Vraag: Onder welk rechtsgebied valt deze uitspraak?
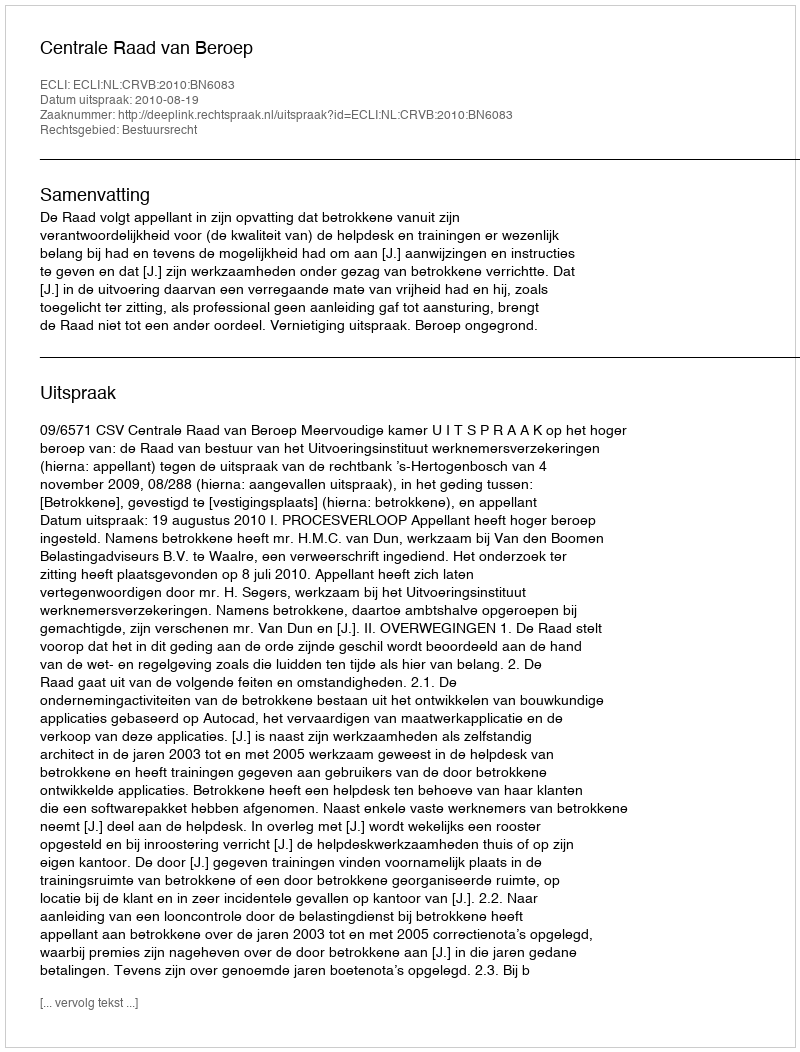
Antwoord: Bestuursrecht